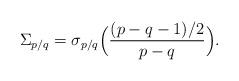
LaTeX: \begin{align*}\Sigma_{p/q} = \sigma_{p/q}\Bigl(\frac{(p-q-1)/2}{p - q}\Bigr).\end{align*}